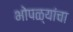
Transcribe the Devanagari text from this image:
भोपळ्यांचा